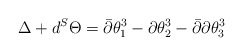
\begin{align*}\Delta+ d^{S} \Theta=\bar{\partial}\theta_1^3-\partial\theta_2^3-\bar{\partial}\partial\theta_3^3\end{align*}